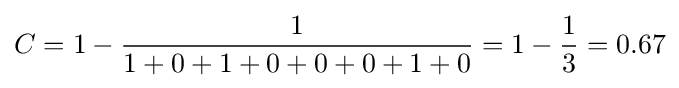
C=1-{\frac {1}{1+0+1+0+0+0+1+0}}=1-{\frac {1}{3}}=0.67